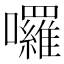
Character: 囉